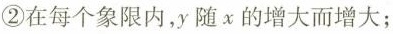
②在每个象限内，y随x的增大而增大；